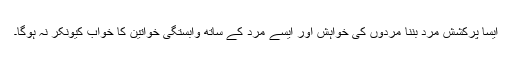
ایسا پرکشش مرد بننا مردوں کی خواہش اور ایسے مرد کے ساتھ وابستگی خواتین کا خواب کیونکر نہ ہوگا۔